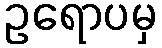
ဥရောပမှ